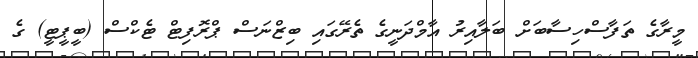
މީރާގެ ތަފާސްހިސާބަށް ބަލާއިރު އާމްދަނީގެ ތެރޭގައި ބިޒްނަސް ޕްރޮފިޓް ޓެކްސް (ބީޕީޓީ) ގެ